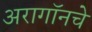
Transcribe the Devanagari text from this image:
अरागॉनचे